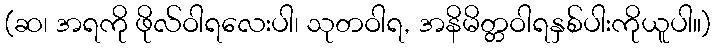
(ဆ၊ အရကို ဖိုလ်ဝါရလေးပါ၊ သုတဝါရ, အနိမိတ္တဝါရနှစ်ပါးကိုယူပါ။)